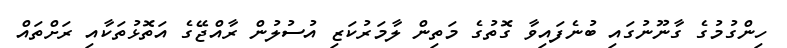
ހިންގުމުގެ ގާނޫނުގައި ބުނެފައިވާ ގޮތުގެ މަތިން ލާމަރުކަޒި އުސުލުން ރާއްޖޭގެ އަތޮޅުތަކާއި ރަށްތައް